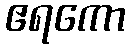
ဧရကော